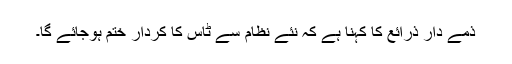
ذمے دار ذرائع کا کہنا ہے کہ نئے نظام سے ٹاس کا کردار ختم ہوجائے گا۔